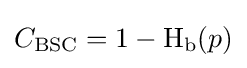
C_{\text{BSC}}=1-\operatorname {H} _{\text{b}}(p)